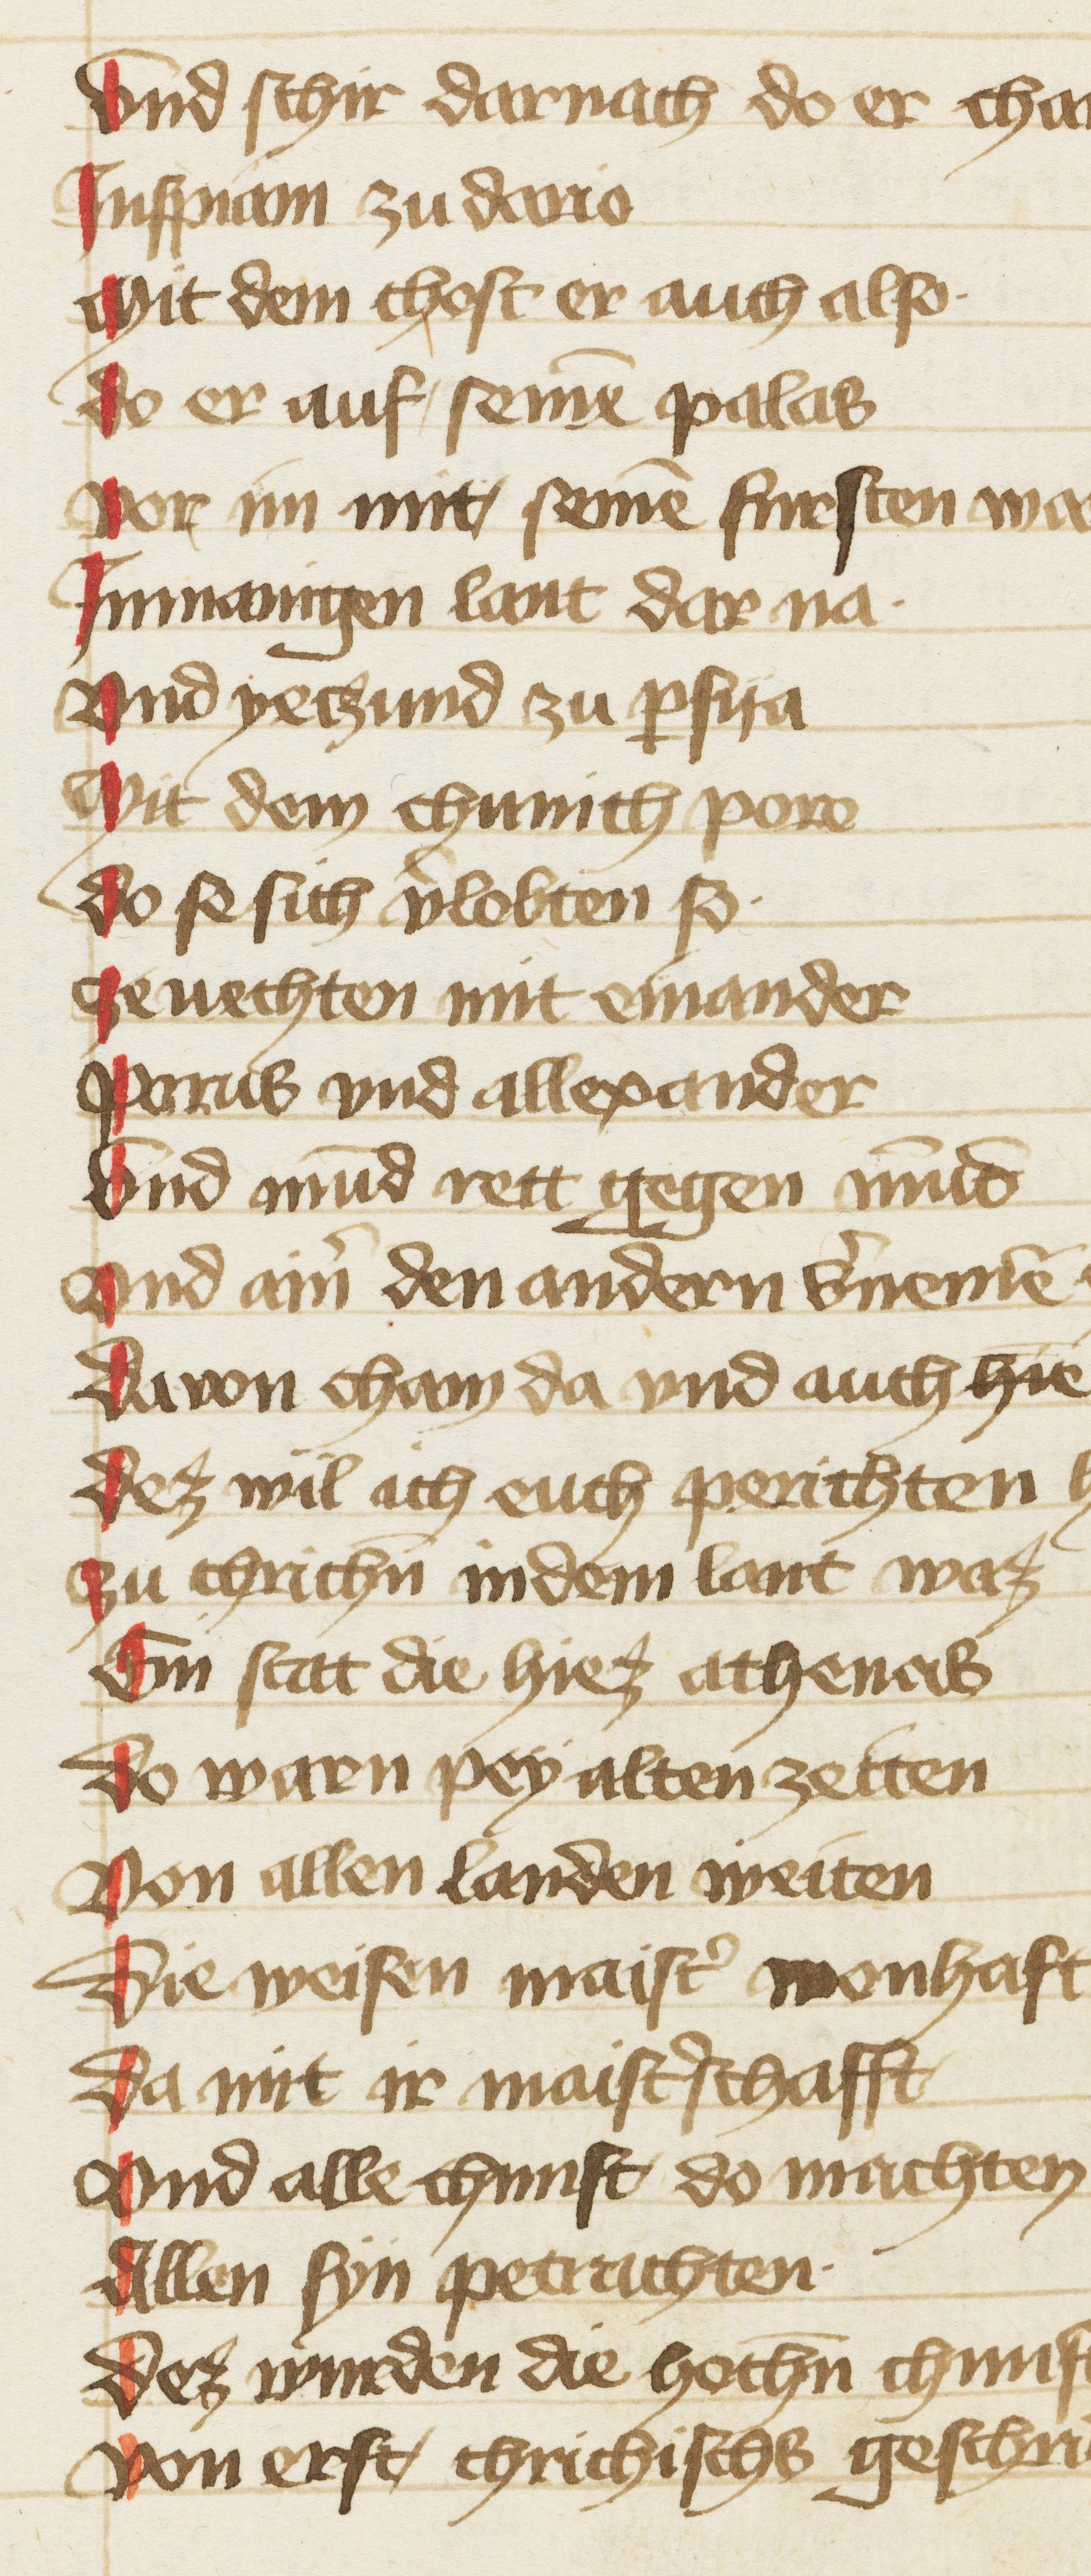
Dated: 1402–1402